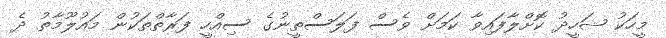
މީހަކު ޝަހީދު ކޮށްލާފައިވާ ކަމަށް ވެސް ފަލަސްތީނުގެ ސިއްހީ ފަރާތްތަކުން މައުލޫމާތު ދެ